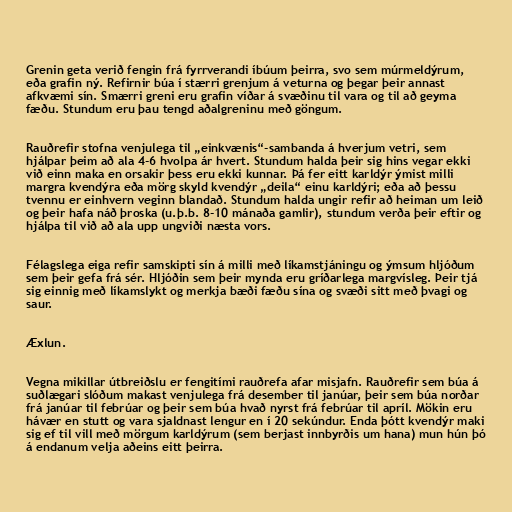
Grenin geta verið fengin frá fyrrverandi íbúum þeirra, svo sem múrmeldýrum,
eða grafin ný. Refirnir búa í stærri grenjum á veturna og þegar þeir annast
afkvæmi sín. Smærri greni eru grafin víðar á svæðinu til vara og til að geyma
fæðu. Stundum eru þau tengd aðalgreninu með göngum.

Rauðrefir stofna venjulega til „einkvænis“-sambanda á hverjum vetri, sem
hjálpar þeim að ala 4-6 hvolpa ár hvert. Stundum halda þeir sig hins vegar ekki
við einn maka en orsakir þess eru ekki kunnar. Þá fer eitt karldýr ýmist milli
margra kvendýra eða mörg skyld kvendýr „deila“ einu karldýri; eða að þessu
tvennu er einhvern veginn blandað. Stundum halda ungir refir að heiman um leið
og þeir hafa náð þroska (u.þ.b. 8-10 mánaða gamlir), stundum verða þeir eftir og
hjálpa til við að ala upp ungviði næsta vors.

Félagslega eiga refir samskipti sín á milli með líkamstjáningu og ýmsum hljóðum
sem þeir gefa frá sér. Hljóðin sem þeir mynda eru gríðarlega margvísleg. Þeir tjá
sig einnig með líkamslykt og merkja bæði fæðu sína og svæði sitt með þvagi og
saur.

Æxlun.

Vegna mikillar útbreiðslu er fengitími rauðrefa afar misjafn. Rauðrefir sem búa á
suðlægari slóðum makast venjulega frá desember til janúar, þeir sem búa norðar
frá janúar til febrúar og þeir sem búa hvað nyrst frá febrúar til apríl. Mökin eru
hávær en stutt og vara sjaldnast lengur en í 20 sekúndur. Enda þótt kvendýr maki
sig ef til vill með mörgum karldýrum (sem berjast innbyrðis um hana) mun hún þó
á endanum velja aðeins eitt þeirra.